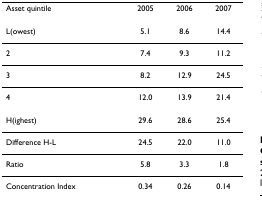
| Asset quintile | 2005 | 2006 | 2007 |
 | --- | --- | --- | --- |
 | L(owest) | 5.1 | 8.6 | 14.4 |
 | 2 | 7.4 | 9.3 | 11.2 |
 | 3 | 8.2 | 12.9 | 24.5 |
 | 4 | 12.0 | 13.9 | 21.4 |
 | H(ighest) | 29.6 | 28.6 | 25.4 |
 | Difference H-L | 24.5 | 22.0 | 11.0 |
 | Ratio | 5.8 | 3.3 | 1.8 |
 | Concentration Index | 0.34 | 0.26 | 0.14 |